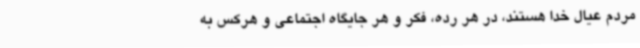
مردم عیال خدا هستند، در هر رده، فکر و هر جایگاه اجتماعی و هرکس به